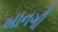
બાનગી